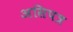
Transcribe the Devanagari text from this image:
असिपत्र